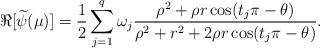
\begin{align*}\Re[\widetilde{\psi}( \mu)] = \frac{1}{2}\sum^q_{j=1} \omega_j\frac{\rho^2+\rho r \cos (t_j \pi -\theta)}{\rho^2 +r^2+2 \rho r \cos(t_j \pi -\theta)}.\end{align*}